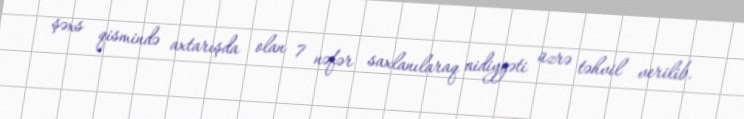
şəxs qismində axtarışda olan 7 nəfər saxlanılaraq aidiyyəti üzrə təhvil verilib.